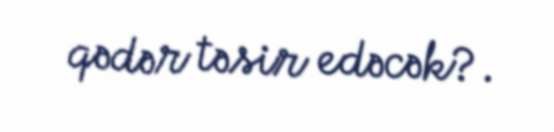
qədər təsir edəcək?.